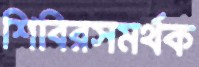
শিবিরসমর্থক